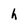
Character: h